Indian journal of veterinary science and animal husbandry - Volumes 18-21, 1948-1951
Year: 1948
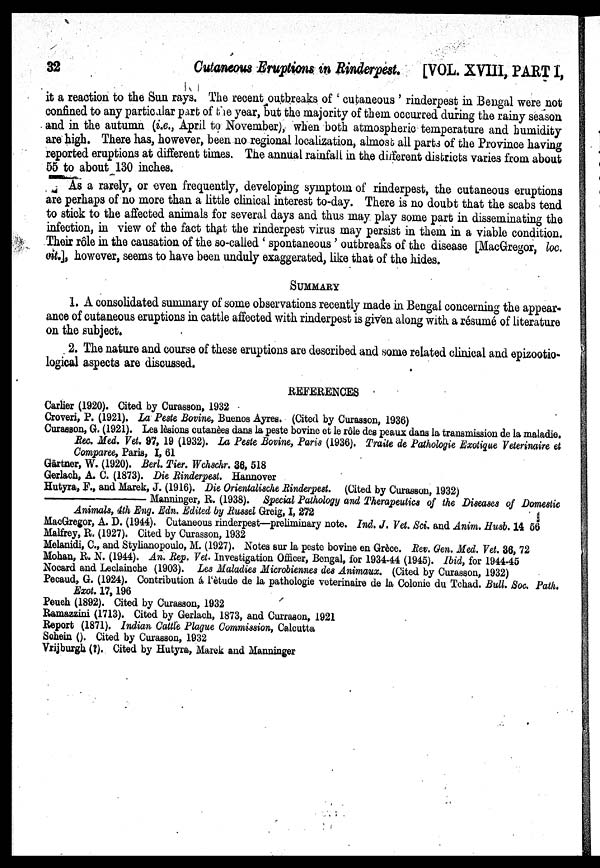
32
Cutaneous Eruptions in Rinderpest. [VOL. XVIII, PART 1,
it a reaction to the Sun rays. The recent outbreaks of ' cutaneous ' rinderpest in Bengal were not
confined to any particular part of the year, but the majority of them occurred during the rainy season
and in the autumn (i.e., April to November), when both atmospheric temperature and humidity
are high. There has, however, been no regional localization, almost all parts of the Province having
reported eruptions at different times. The annual rainfall in the different districts varies from about
55 to about 130 inches.
As a rarely, or even frequently, developing symptom of rinderpest, the cutaneous eruptions
are perhaps of no more than a little clinical interest to-day. There is no doubt that the scabs tend
to stick to the affected animals for several days and thus may play some part in disseminating the
infection, in view of the fact that the rinderpest virus may persist in them in a viable condition.
Their rôle in the causation of the so-called ' spontaneous ' outbreaks of the disease [MacGregor, loc.
cit.], however, seems to have been unduly exaggerated, like that of the hides.
SUMMARY
1. A consolidated summary of some observations recently made in Bengal concerning the appear-
ance of cutaneous eruptions in cattle affected with rinderpest is given along with a résumé of literature
on the subject.
2. The nature and course of these eruptions are described and some related clinical and epizootio-
logical aspects are discussed.
REFERENCES
Carlier (1920). Cited by Curasson, 1932
Croveri, P. (1921). La Peste Bovine, Buenos Ayres. (Cited by Curasaon, 1936)
Curasson, G. (1921). Les lèsions cutanèes dans la peste bovine et le rôle des peaux dans la transmission de la maladie.
Rec. Med. Vet. 97, 19 (1932). La Peste Bovine, Paris (1936). Traite de Pathologie Exotique Veterinaire et
Comparee, Paris, I, 61
Gärtner, W. (1920). Berl. Tier. Wchschr. 36, 518
Gerlach, A. C. (1873). Die Rinderpest. Hannover
Hutyra, F., and Marek, J. (1916). Die Orientalische Rinderpest. (Cited by Curasson, 1932)
—
Manninger, R. (1938). Special Pathology and Therapeutics of the Diseases of Domestic
Animals, 4th Eng. Edn. Edited by Russel Greig, I, 272
MacGregor, A. D. (1944). Cutaneous rinderpest—preliminary note. Ind. J. Vet. Sci. and Anim. Husb. 14 56
Malfrey, R. (1927). Cited by Curasson, 1932
Melanidi, C., and Stylianopoulo, M. (1927). Notes sur la peste bovine en Grèce. Rev. Gen. Med. Vet. 36, 72
Mohan, R. N. (1944). An. Rep. Vet. Investigation Officer, Bengal, for 1934-44 (1945). Ibid, for 1944-45
Nocard and Leclainche (1903). Les Maladies Microbiennes des Animaux. (Cited by Curasson, 1932)
Pecaud, G. (1924). Contribution á l'ètude de la pathologie veterinaire de la Colonie du Tchad. Bull. Soc. Path.
Exot. 17, 196
Peueh (1892). Cited by Curasson, 1932
Ramazzini (1713). Cited by Gerlach, 1873, and Currason, 1921
Report (1871). Indian Cattle Plague Commission, Calcutta
Schein (). Cited by Curasson, 1932
Vrijburgh (?). Cited by Hutyra, Marek and Manninger